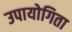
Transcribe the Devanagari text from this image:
उपायोगिता